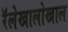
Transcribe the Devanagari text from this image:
रॅलेखालोखाल